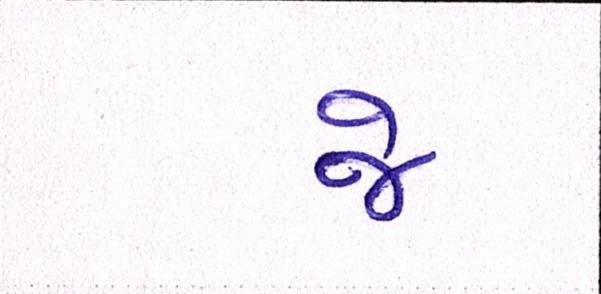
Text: જે